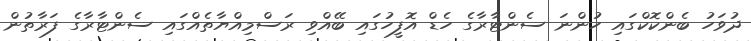
ދުވަހު ބެންކޮކްގައި ހުންނަ ސެންޓާރާގެ ހެޑް އޮފީހުގައި ބޭއްވި ރަސްމިއްޔާތެއްގައި ސެންޓާރާގެ ފަރާތުން